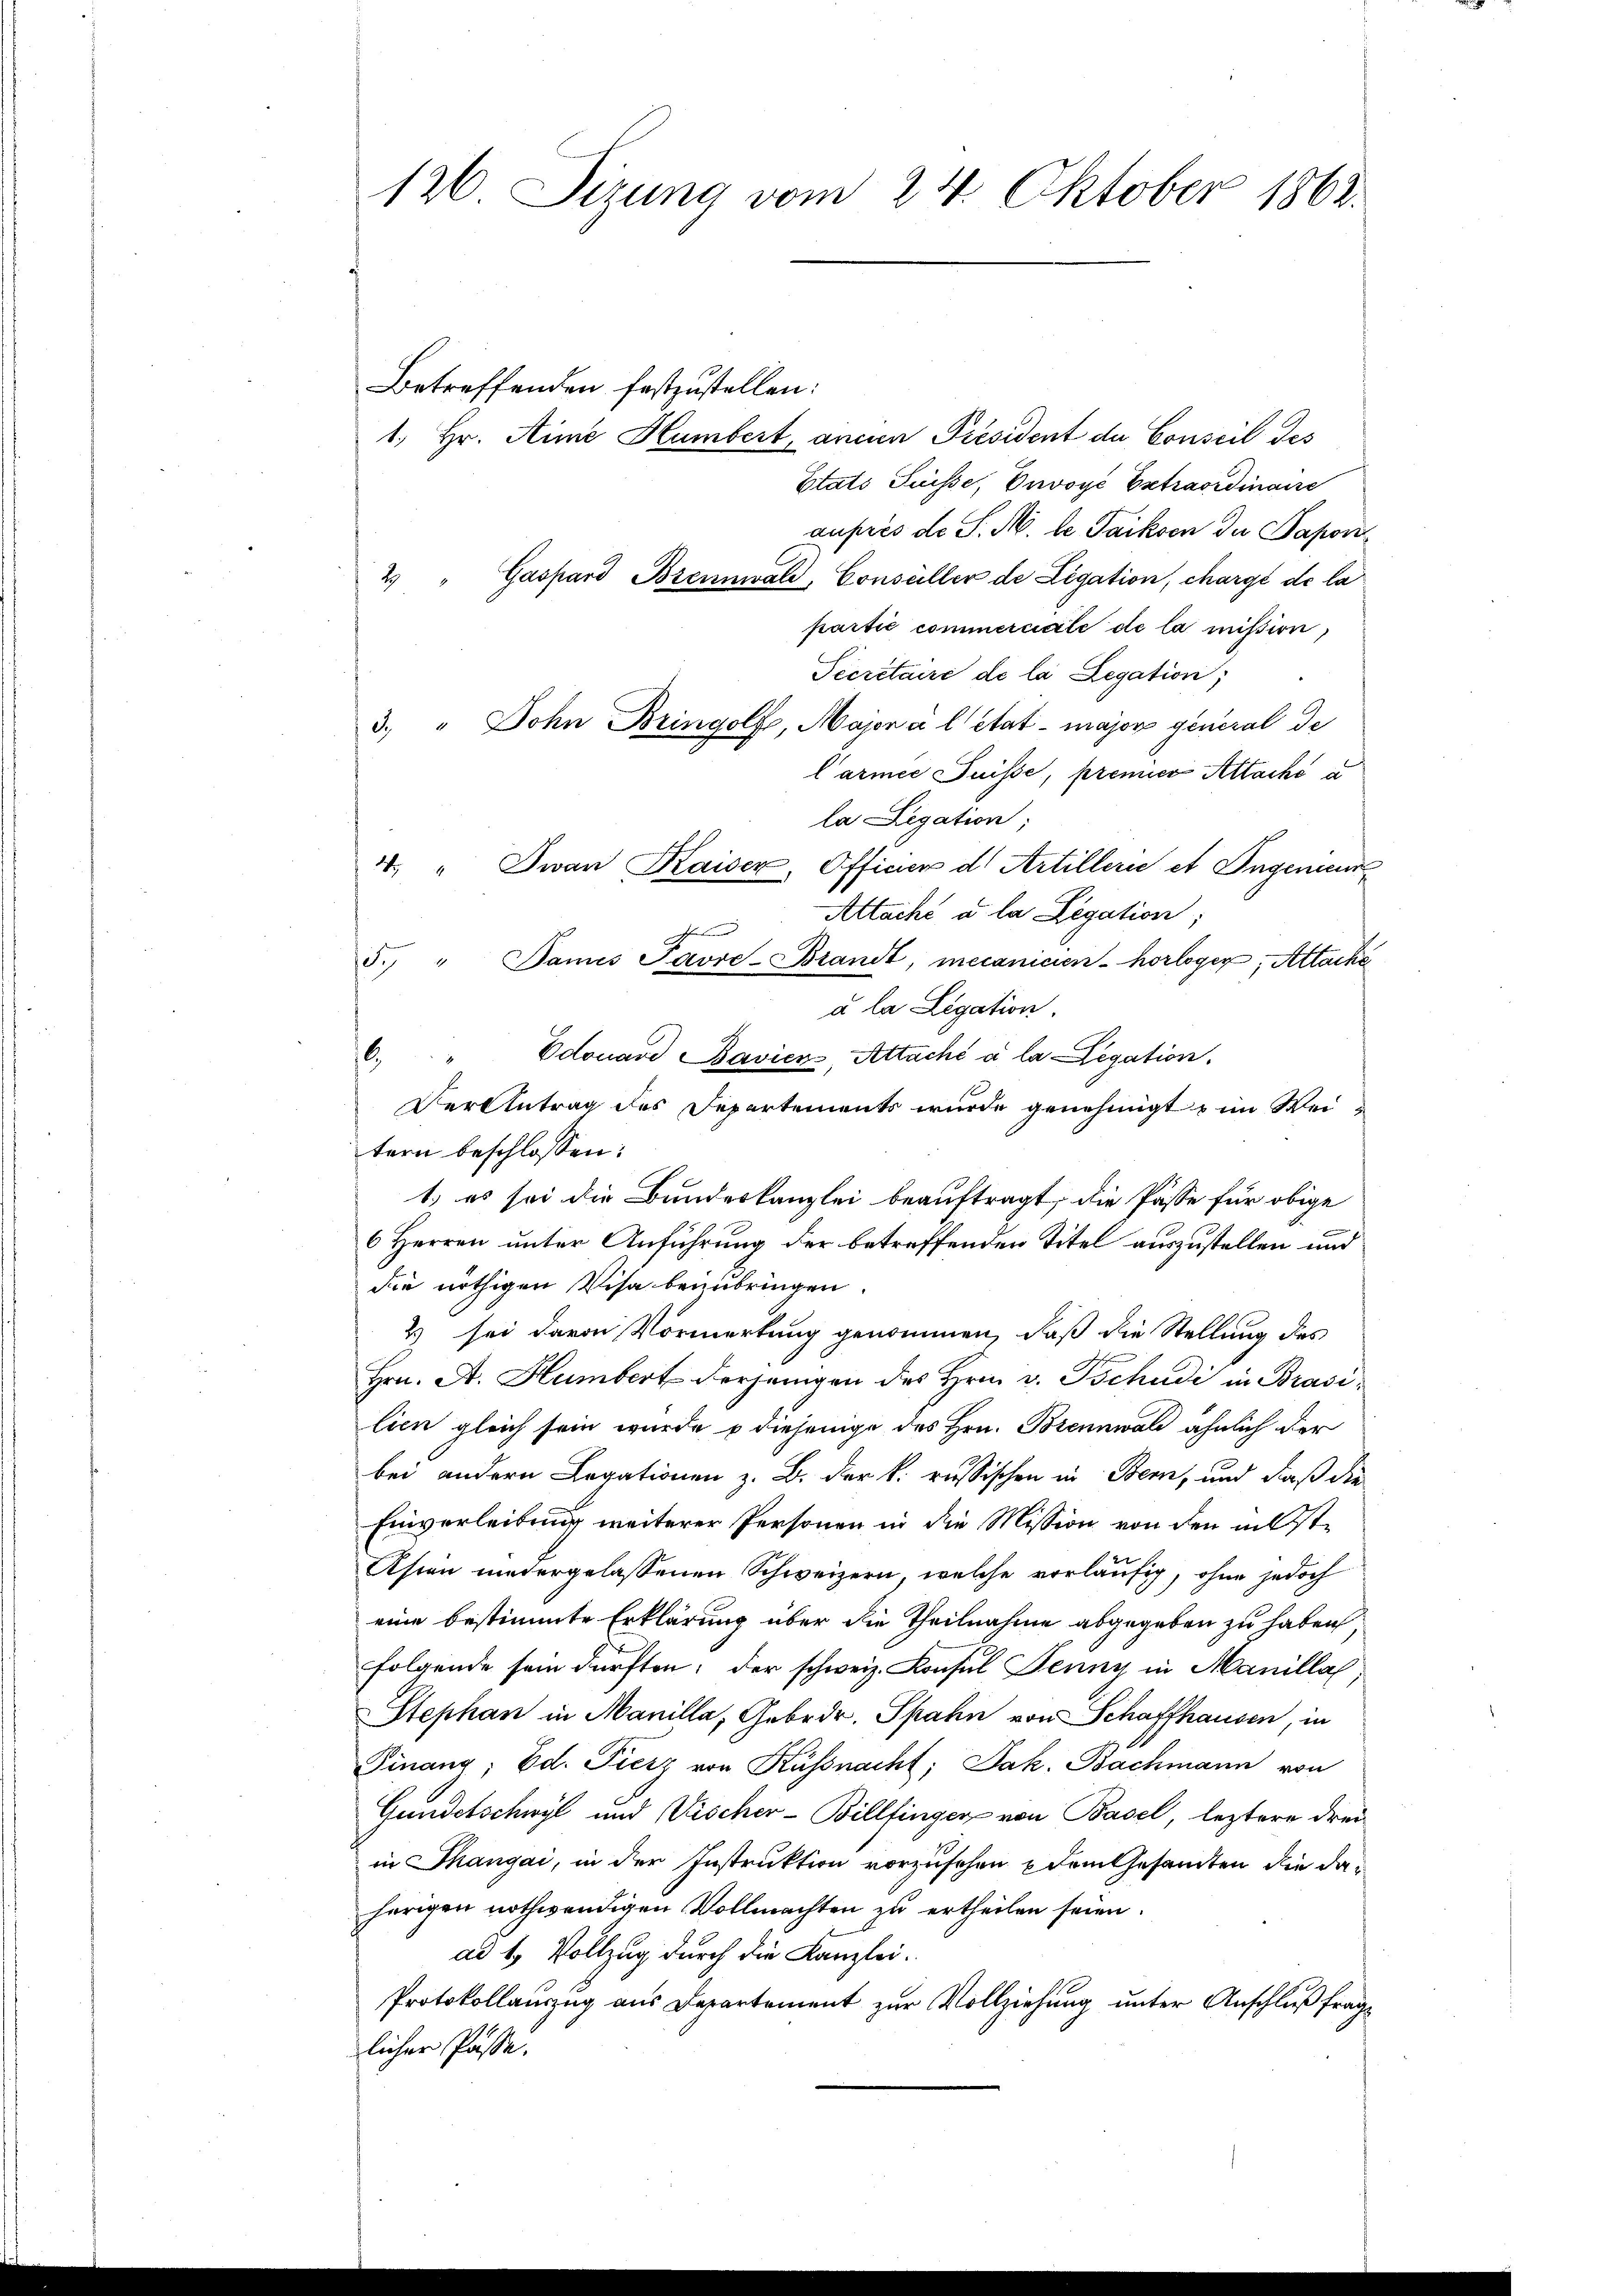
126. Sizung vom 24. Oktober 1863.

Betreffenden festzustellen:
1. Hr. Aime Hambert, ancien Président de Conseil des
Etats Suisse, Divoye Extraordinaire
auprès de S. M. le Packen du Papon
2) " Gaspard Brennwald, Consüller de Ligation, chargé de la
partie commerciale de la mission,
Secretaire de la Legation,
3. " Dohn Bringolf, Majon a l état - major general de
l’armée Puisse, premier Attacke a
la Legation;
4. " Jwan Kaiser, Officier d. Artillern et Ingenen
Attaché a la Legation;
h
5. " Dames Pavre-Brandt, mecanicien-horloger; Attacke
à la Legation.
6. " Edouard Baviens, Altaché à la Legation.
Verantrag des Departements wurde genehmigt & im Weitern beschlossen:
1.) es sei die Bundeskanzlei beauftragt, die Pässe für obige
6 Herren unter Anführung der betreffenden Titel auszustellen und
die nöthigen Visa bezubringen
2) sei davon Vormerkung genommen, daß die Stellung des
Hrn. A. Humbert derjenigen des Hrn. v. Tschudi in Brasilien gleich sein wurde u diejenige des Hrn. Brennwald ähnlich der
bei andern Legationen z. B. der k. russischen in Bern, und daß die
Einverleibung weiterer Personen in die Mission von den muste
Asien niedergelassenen Schweizern, welche vorläufig, ohne jedoch
eine bestimmte Erklärung über die Theilnahme abgegeben zu haben
folgende sein dürften; der schweiz. Konsul Jenny in Manilla
Stephan in Manilla, Gebrdr. Spahn von Schaffhausen, in
Finanz; Ed. Fierz von Küssnacht, Jak. Bachmann von
Gundetschwyl und Vischer-Billfinger von Basel, leztere drei
in hangai, in der Instruktion vorzusehen dem Gesandten die daherigen nothwendigen Vollmachten zu ertheilen seien.
ad 1. Vollzug durch die Kanzlei.
Protokollauszug aus Departement zur Vollziehung unter Anschluß fraglicher Pässe.